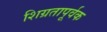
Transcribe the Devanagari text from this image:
शिग्रतापूर्वक